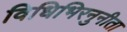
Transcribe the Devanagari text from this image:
विधिभिरनुनीता